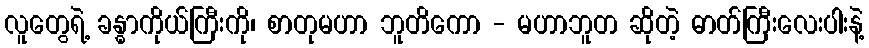
လူတွေရဲ့ ခန္ဓာကိုယ်ကြီးကို၊ စာတုမဟာ ဘူတိကော - မဟာဘူတ ဆိုတဲ့ ဓာတ်ကြီးလေးပါးနဲ့